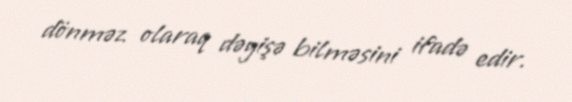
dönməz olaraq dəyişə bilməsini ifadə edir.